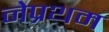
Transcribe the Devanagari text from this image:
नेप्रथम